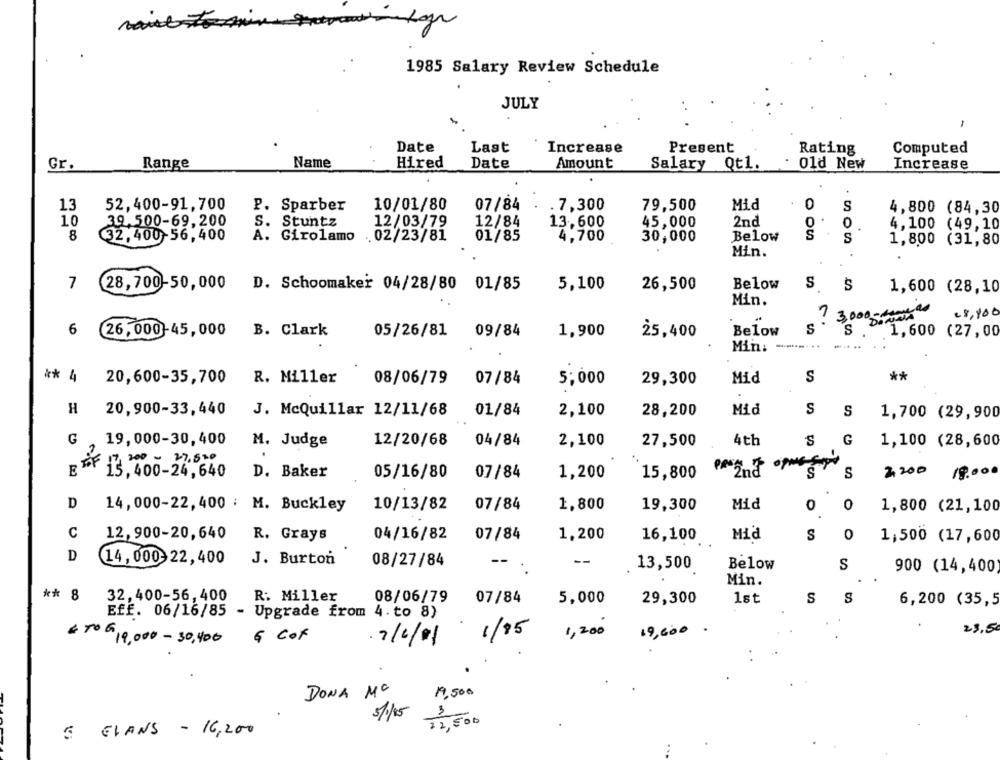
1985 Salary Review Schedule
JULY
-
Date
Last
Increase
Present
Rating
Computed
Gr.
Range
Name
Hired
Date
Amount
Salary Qt1.
: 01d New
Increase
13
52,400-91,700
P. Sparber
10/01/80
07/84
.7,300
Mid
0
S
79,500
4,800 (84,30
10
39.500-69.200
S. Stuntz
12/03/79
12/84
13,600
45,000
2nd
4,100 (49,10
8
01/85
32,400-56,400
A. Girolamo
. 02/23/81
4,700
30,000
Below
S
1,800 (31,80
Min.
7
28, 700-50, 000 D. Schoomaker 04/28/80 01/85
5,100
26,500
Below
S
1,600 (28,10
Min.
? 3,000 - www .
28,400
6
26, 000-45, 000
B. Clark
05/26/81
09/84
1,900
25,400
Below
S
1,600 (27,00
Min:
** 4
20,600-35, 700
R. Miller
08/06/79
07/84
5,000
29,300
Mid
S
**
H
20,900-33,440
Mid
S
J. McQuillar 12/11/68
01/84
2,100
28,200
S
1,700 (29,900
G
19,000-30,400
12/20/68
04/84
4th
S
G
M. Judge
2,100
27,500
1,100 (28,600
2
200 - 27,520
E
2200
15, 400-24, 640
D. Baker
05/16/80
07/84
1,200
15,800
S
19.000
D
14, 000-22,400 ; M. Buckley
10/13/82
07/84
1,800
19,300
Mid
0
0
1,800 (21,100
C
12,900-20,640
R. Grays
04/16/82
07/84
1,200
16,100
Mid
S
0
1,500 (17,600
D
14,000- 22,400
J. Burton
08/27/84
--
13,500
Below
S
900 (14,400)
Min.
** 8
32,400-56,400
R: Miller
08/06/79
07/84
5,000
29,300
1st
S
S
6,200 (35,5
Eff. 06/16/85 - Upgrade from 4. to 8)
1/85
1,200
19,600 .
23.5
& CoF
€ 50 G 10,000 - 30,400
.7/6/01
DONA MC
19,500
5/15
3
500
5 EVANS - 16,200